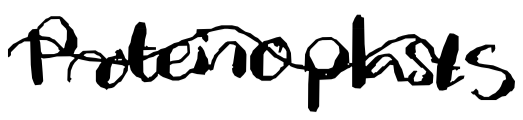
Text: Proteinoplasts
Cross-out: wave
Writing tool: digital_black